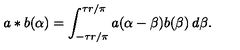
a \ast b ( \alpha ) = \int _ { - \tau r / \pi } ^ { \tau r / \pi } a ( \alpha - \beta ) b ( \beta ) \: d \beta .